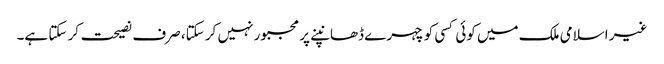
غیر اسلامی ملک میں کوئی کسی کو چہرے ڈھانپنے پر مجبور نہیں کر سکتا، صرف نصیحت کر سکتا ہے۔